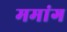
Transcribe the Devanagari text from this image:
ममांग